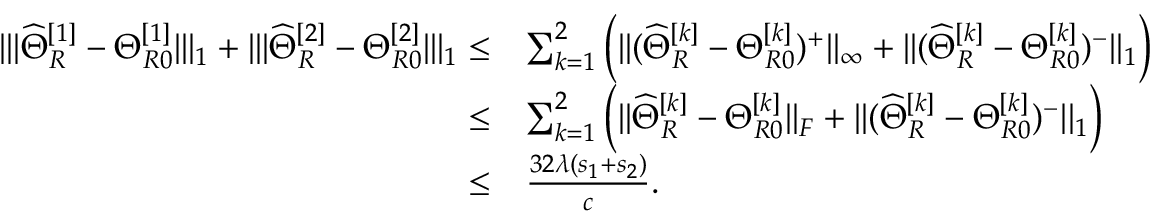
\begin{array} { r l } { | | | \widehat { \Theta } _ { R } ^ { [ 1 ] } - \Theta _ { R 0 } ^ { [ 1 ] } | | | _ { 1 } + | | | \widehat { \Theta } _ { R } ^ { [ 2 ] } - \Theta _ { R 0 } ^ { [ 2 ] } | | | _ { 1 } \leq } & { \sum _ { k = 1 } ^ { 2 } \Big ( | | ( \widehat { \Theta } _ { R } ^ { [ k ] } - \Theta _ { R 0 } ^ { [ k ] } ) ^ { + } | | _ { \infty } + | | ( \widehat { \Theta } _ { R } ^ { [ k ] } - \Theta _ { R 0 } ^ { [ k ] } ) ^ { - } | | _ { 1 } \Big ) } \\ { \leq } & { \sum _ { k = 1 } ^ { 2 } \Big ( | | \widehat { \Theta } _ { R } ^ { [ k ] } - \Theta _ { R 0 } ^ { [ k ] } | | _ { F } + | | ( \widehat { \Theta } _ { R } ^ { [ k ] } - \Theta _ { R 0 } ^ { [ k ] } ) ^ { - } | | _ { 1 } \Big ) } \\ { \leq } & { \frac { 3 2 \lambda ( s _ { 1 } + s _ { 2 } ) } { c } . } \end{array}